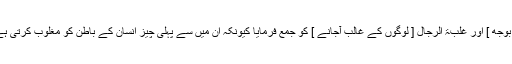
اسی طرح آپ صلی اللہ علیہ وسلم نے ضلع الدین [ قرضے کے بوجھ ] اور غلبۃ الرجال [ لوگوں کے غالب آجانے ] کو جمع فرمایا کیونکہ ان میں سے پہلی چیز انسان کے باطن کو مغلوب کرتی ہے اور جبکہ دوسری چیز اس کے ظاہر کو محکوم بنادیتی ہے ۔